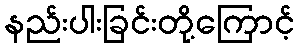
နည်းပါးခြင်းတို့ကြောင့်